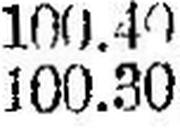
100.30